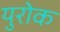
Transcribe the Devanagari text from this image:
युरोक